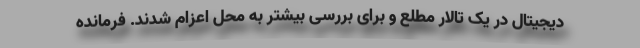
دیجیتال در یک تالار مطلع و برای بررسی بیشتر به محل اعزام شدند. فرمانده